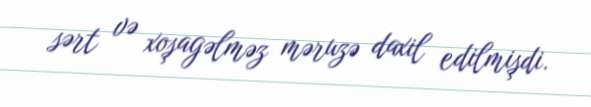
sərt və xoşagəlməz məruzə daxil edilmişdi.